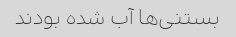
بستنی‌ها آب شده بودند